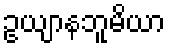
ဥယျာနဘူမိယာ